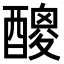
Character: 𨢼